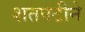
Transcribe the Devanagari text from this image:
शतपटीने